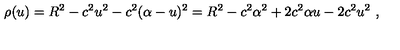
\rho ( u ) = R ^ { 2 } - c ^ { 2 } u ^ { 2 } - c ^ { 2 } ( \alpha - u ) ^ { 2 } = R ^ { 2 } - c ^ { 2 } \alpha ^ { 2 } + 2 c ^ { 2 } \alpha u - 2 c ^ { 2 } u ^ { 2 } \ ,